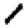
Digit: 1